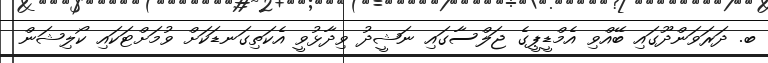
ބ. ދަރަވަންދޫގައި ބޭއްވި އެމްޑީޕީގެ ޖަލްސާގައި ނަޝީދު ވިދާޅުވީ އެކަތިގަނޑަކަށް ވުމަށްޓަކައި ކޯލިޝަން